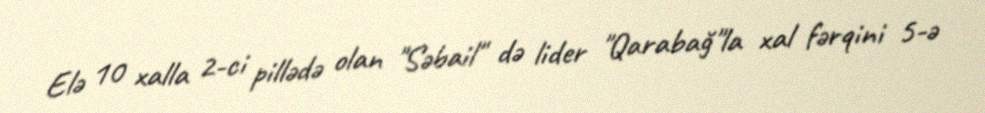
Elə 10 xalla 2-ci pillədə olan "Səbail" də lider "Qarabağ"la xal fərqini 5-ə